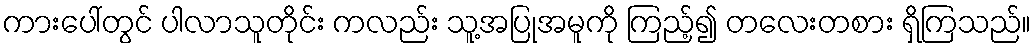
ကားပေါ်တွင် ပါလာသူတိုင်း ကလည်း သူ့အပြုအမူကို ကြည့်၍ တလေးတစား ရှိကြသည်။